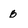
Character: B